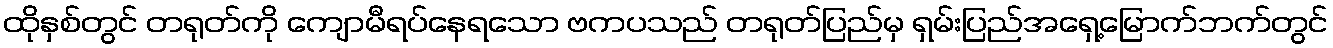
ထိုနှစ်တွင် တရုတ်ကို ကျောမီရပ်နေရသော ဗကပသည် တရုတ်ပြည်မှ ရှမ်းပြည်အရှေ့မြောက်ဘက်တွင်